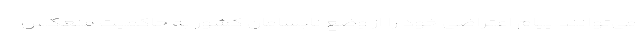
می‌توانند پیام اعتراضی خود را از وضع نابسامان کشور به حاکمیت منعکس